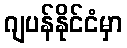
ဂျပန်နိုင်ငံမှာ